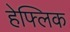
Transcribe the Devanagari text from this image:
हेफ्लिक